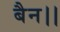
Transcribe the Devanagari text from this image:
बैन।।